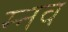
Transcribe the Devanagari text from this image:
म्नव